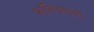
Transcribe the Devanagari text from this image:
फॉलियामारी